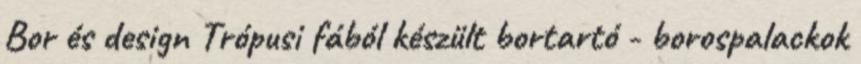
Bor és design Trópusi fából készült bortartó - borospalackok